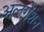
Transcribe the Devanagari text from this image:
अलगेशन